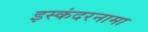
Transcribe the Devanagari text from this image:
इस्कंदरनामा